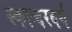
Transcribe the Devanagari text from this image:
स्कान्दरबर्ग